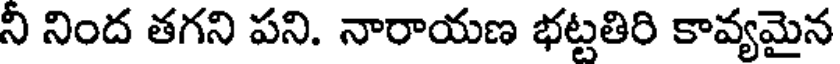
ని నింద తగని పని. నారాయణ భట్టతిరి కావ్యమైన